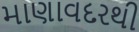
માણાવદરથી